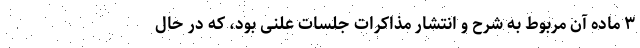
۳ ماده آن مربوط به شرح و انتشار مذاکرات جلسات علنی بود، که در حال